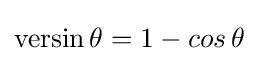
\operatorname {versin} \theta =1-cos\,\theta